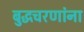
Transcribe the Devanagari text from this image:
बुद्धचरणांना